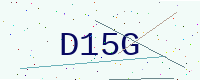
Text: D15G